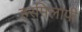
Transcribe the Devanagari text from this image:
हरमिलापी